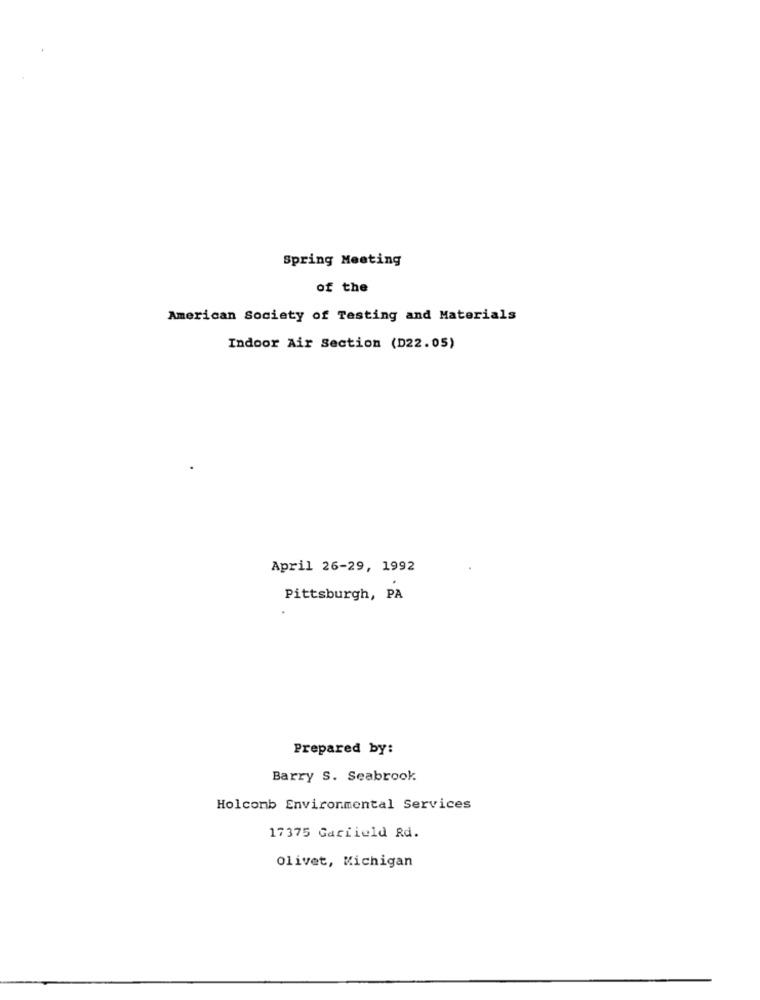
Spring Meeting
of the
American Society of Testing and Materials
Indoor Air Section (D22.05)
April 26-29, 1992
Pittsburgh, PA
Prepared by:
Barry S. Seabrook
Holcomb Environmental Services
17375 Gariield Rd.
Olivet, Michigan